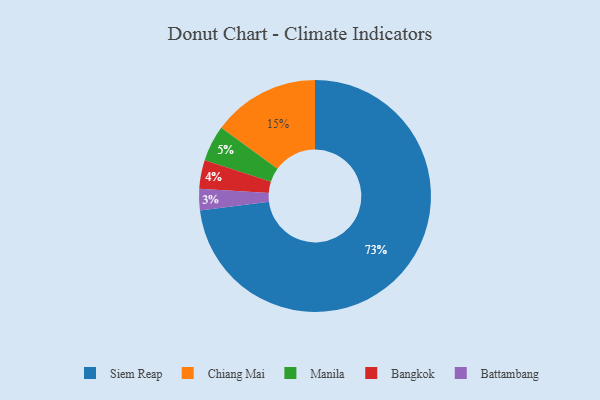
{"axis": {"x": "Category", "y": "Percentage"}, "legend": ["Bangkok", "Battambang", "Chiang Mai", "Manila", "Siem Reap"], "data": [{"x": "Siem Reap", "y": 73, "type": "Siem Reap"}, {"x": "Manila", "y": 5, "type": "Manila"}, {"x": "Bangkok", "y": 4, "type": "Bangkok"}, {"x": "Battambang", "y": 3, "type": "Battambang"}, {"x": "Chiang Mai", "y": 15, "type": "Chiang Mai"}]}